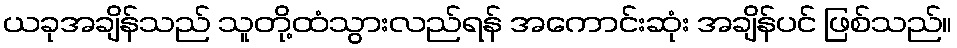
ယခုအချိန်သည် သူတို့ထံသွားလည်ရန် အကောင်းဆုံး အချိန်ပင် ဖြစ်သည်။